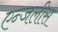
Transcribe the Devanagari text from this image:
एन्जलीस